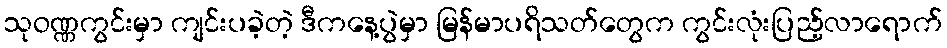
သုဝဏ္ဏကွင်းမှာ ကျင်းပခဲ့တဲ့ ဒီကနေ့ပွဲမှာ မြန်မာပရိသတ်တွေက ကွင်းလုံးပြည့်လာရောက်